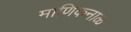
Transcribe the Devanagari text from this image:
माणिकनाळ